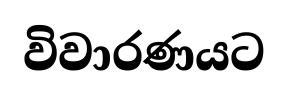
විවාරණයට